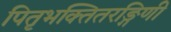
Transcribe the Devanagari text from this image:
पितृभक्तितरङ्गिणी